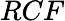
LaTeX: RCF